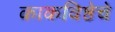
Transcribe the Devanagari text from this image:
काकविष्ठेचे